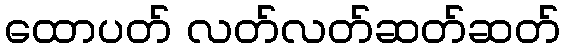
ထောပတ် လတ်လတ်ဆတ်ဆတ်